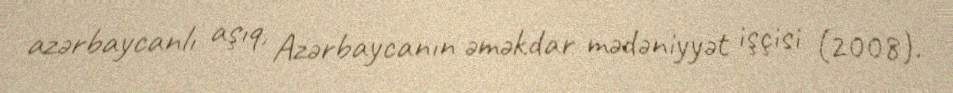
azərbaycanlı aşıq, Azərbaycanın əməkdar mədəniyyət işçisi (2008).